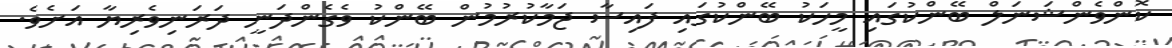
ކޮންވެންޝަނަލް ބޭންކުގައި މީހަކު ބޭންކުގައި ފައިސާ ޖަމާކުރުމުން ބޭންކު ވެގެންދަނީ ދަރަނިވެރިޔާ އަށެވެ.